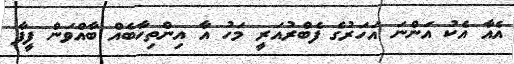
އެއާ އެކު އަންނަ އަހަރުގެ ފެބްރުއަރީ މަހު އާ އިންތިހާބެއް ބާއްވަން ފީފާ